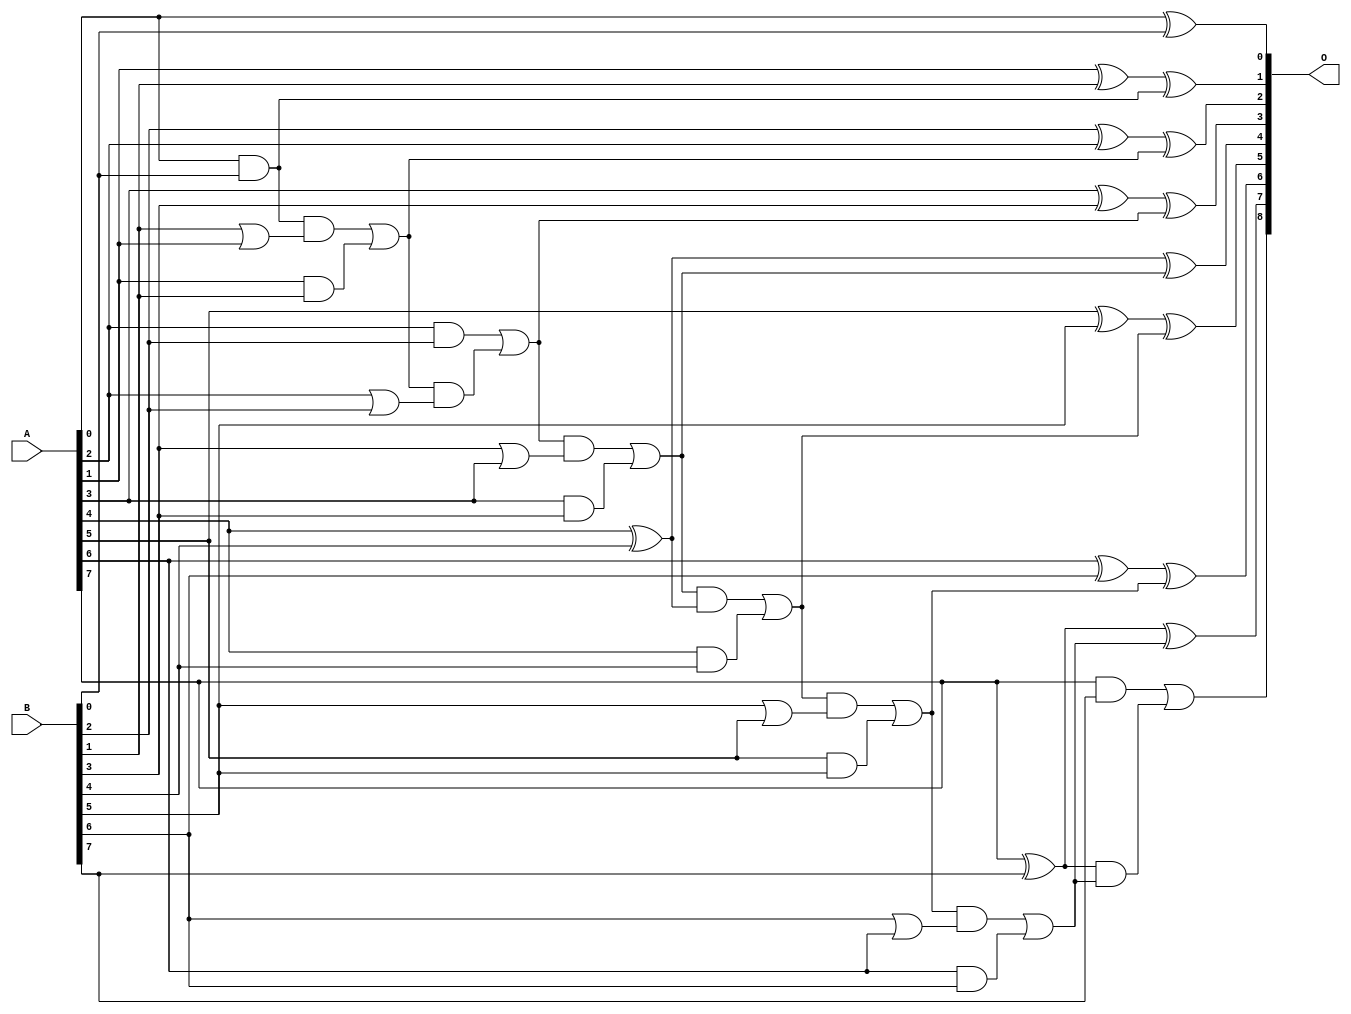
/***
* This code is a part of EvoApproxLib library (ehw.fit.vutbr.cz/approxlib) distributed under The MIT License.
* When used, please cite the following article(s): PRABAKARAN B. S., MRAZEK V., VASICEK Z., SEKANINA L., SHAFIQUE M. ApproxFPGAs: Embracing ASIC-based Approximate Arithmetic Components for FPGA-Based Systems. DAC 2020. 
***/
// MAE% = 0.00 %
// MAE = 0 
// WCE% = 0.00 %
// WCE = 0 
// WCRE% = 0.00 %
// EP% = 0.00 %
// MRE% = 0.00 %
// MSE = 0 
// FPGA_POWER = 0.35
// FPGA_DELAY = 8.2
// FPGA_LUT = 8.0

module add8u_0FP(A, B, O);
  input [7:0] A, B;
  output [8:0] O;
  wire n_198, n_36, n_189, n_195, n_42, n_192, n_23, n_21, n_20, n_27;
  wire n_40, n_24, n_48, n_147, n_66, n_60, n_201, n_108, n_129, n_39;
  wire n_207, n_204, n_120, n_8, n_9, n_4, n_5, n_6, n_7, n_0;
  wire n_1, n_2, n_3, n_33, n_34, n_18, n_19, n_16, n_17, n_14;
  wire n_15, n_12, n_13, n_10, n_11, n_114, n_45, n_78, n_93, n_111;
  wire n_150, n_75, n_51, n_57, n_54, n_46, n_213, n_210, n_132;
  assign n_0 = A[0];
  assign n_1 = A[1];
  assign n_2 = A[2];
  assign n_3 = A[3];
  assign n_4 = A[4];
  assign n_5 = A[5];
  assign n_6 = A[6];
  assign n_7 = A[7];
  assign n_8 = B[0];
  assign n_9 = B[1];
  assign n_10 = B[2];
  assign n_11 = B[3];
  assign n_12 = B[4];
  assign n_13 = B[5];
  assign n_14 = B[6];
  assign n_15 = B[7];
  assign n_16 = n_2 | n_10;
  assign n_17 = n_9 | n_1;
  assign n_18 = n_0 & n_8;
  assign n_19 = n_13 | n_5;
  assign n_20 = n_2 & n_10;
  assign n_21 = n_1 ^ n_9;
  assign n_23 = n_18 & n_17;
  assign n_24 = n_1 & n_9;
  assign n_27 = n_10 ^ n_2;
  assign n_33 = n_3 ^ n_11;
  assign n_34 = n_14 | n_6;
  assign n_36 = n_3 & n_11;
  assign n_39 = n_4 ^ n_12;
  assign n_40 = n_11 | n_3;
  assign n_42 = n_4 & n_12;
  assign n_45 = n_5 ^ n_13;
  assign n_46 = n_0 ^ n_8;
  assign n_48 = n_5 & n_13;
  assign n_51 = n_6 ^ n_14;
  assign n_54 = n_6 & n_14;
  assign n_57 = n_7 ^ n_15;
  assign n_60 = n_7 & n_15;
  assign n_66 = n_23 | n_24;
  assign n_75 = n_66 & n_16;
  assign n_78 = n_20 | n_75;
  assign n_93 = n_78 & n_40;
  assign n_108 = n_93 | n_36;
  assign n_111 = n_108 & n_39;
  assign n_114 = ~(n_111 | n_42);
  assign n_120 = ~n_114;
  assign n_129 = n_120 & n_19;
  assign n_132 = n_129 | n_48;
  assign n_147 = n_132 & n_34;
  assign n_150 = n_147 | n_54;
  assign n_189 = n_21 ^ n_18;
  assign n_192 = n_27 ^ n_66;
  assign n_195 = n_33 ^ n_78;
  assign n_198 = n_39 ^ n_108;
  assign n_201 = n_45 ^ n_120;
  assign n_204 = n_51 ^ n_132;
  assign n_207 = n_57 ^ n_150;
  assign n_210 = n_57 & n_150;
  assign n_213 = n_60 | n_210;
  assign O[0] = n_46;
  assign O[1] = n_189;
  assign O[2] = n_192;
  assign O[3] = n_195;
  assign O[4] = n_198;
  assign O[5] = n_201;
  assign O[6] = n_204;
  assign O[7] = n_207;
  assign O[8] = n_213;
endmodule